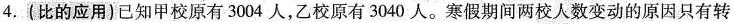
4. (比的应用)已知甲校原有 3004 人，乙校原有 3040 人。寒假期间两校人数变动的原因只有转